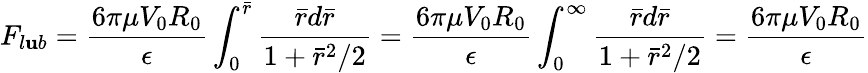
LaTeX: F_{l\mathbf{u}b}=\frac{{6{\pi}{\mu}V_{0}R_{0}}}{{\epsilon}}\int_{0}^{\bar{{r}}}\frac{{\bar{{r}}d\bar{{r}}}}{{1+\bar{{r}}^{2}/2}}=\frac{{6{\pi}{\mu}V_{0}R_{0}}}{{\epsilon}}\int_{0}^{\infty}\frac{{\bar{{r}}d\bar{{r}}}}{{1+\bar{{r}}^{2}/2}}=\frac{{6{\pi}{\mu}V_{0}R_{0}}}{{\epsilon}}